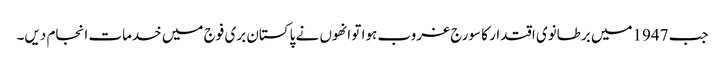
جب 1947میں برطانوی اقتدار کا سورج غروب ہوا تو انھوں نے پاکستان بری فوج میں خدمات انجام دیں۔